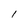
Character: l